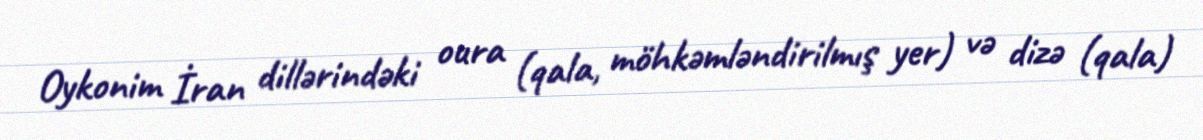
Oykonim İran dillərindəki oura (qala, möhkəmləndirilmış yer) və dizə (qala)